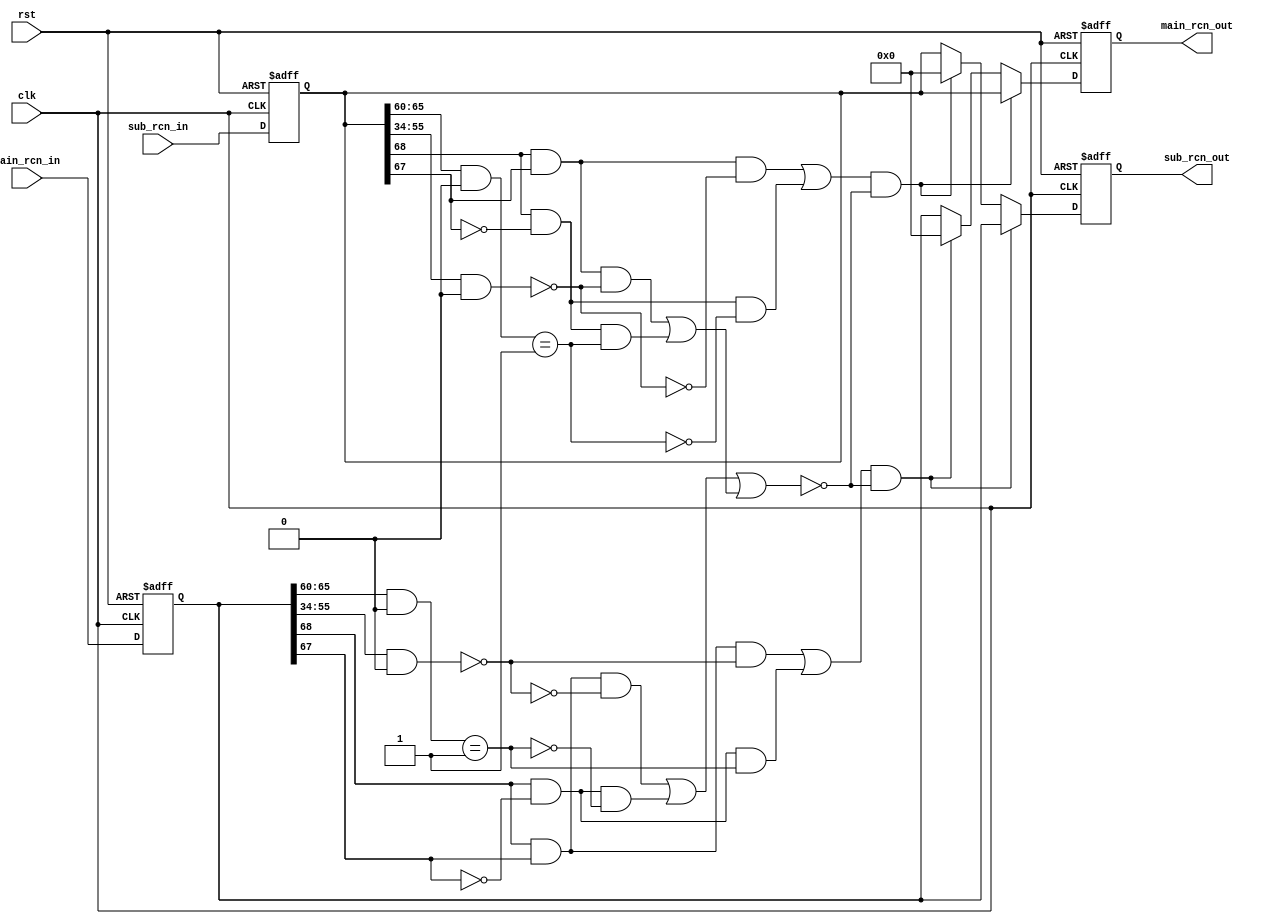
/* SPDX-License-Identifier: MIT */
/* (c) Copyright 2018 David M. Koltak, all rights reserved. */

/*
 * rcn bus bridge.
 *
 */

module rcn_bridge
(
    input rst,
    input clk,

    input [68:0] main_rcn_in,
    output [68:0] main_rcn_out,

    input [68:0] sub_rcn_in,
    output [68:0] sub_rcn_out
);
    parameter ID_MASK = 0;
    parameter ID_BASE = 1;
    parameter ADDR_MASK = 0;
    parameter ADDR_BASE = 1;

    reg [68:0] main_rin;
    reg [68:0] main_rout;
    reg [68:0] sub_rin;
    reg [68:0] sub_rout;

    assign main_rcn_out = main_rout;
    assign sub_rcn_out = sub_rout;

    wire [5:0] my_id_mask = ID_MASK;
    wire [5:0] my_id_base = ID_BASE;
    wire [23:0] my_addr_mask = ADDR_MASK;
    wire [23:0] my_addr_base = ADDR_BASE;

    wire main_req = main_rin[68] && main_rin[67];
    wire main_rsp = main_rin[68] && !main_rin[67];
    wire main_id_match = ((main_rin[65:60] & my_id_mask) == my_id_base);
    wire main_addr_match = ((main_rin[55:34] & my_addr_mask[23:2]) == my_addr_base[23:2]);

    wire sub_req = sub_rin[68] && sub_rin[67];
    wire sub_rsp = sub_rin[68] && !sub_rin[67];
    wire sub_id_match = ((sub_rin[65:60] & my_id_mask) == my_id_base);
    wire sub_addr_match = ((sub_rin[55:34] & my_addr_mask[23:2]) == my_addr_base[23:2]);

    wire main_2_main = (main_req && !main_addr_match) || (main_rsp && !main_id_match);
    wire sub_2_sub = (sub_req && sub_addr_match) || (sub_rsp && sub_id_match);
    wire no_cross = main_2_main || sub_2_sub;

    wire main_2_sub = (main_req && main_addr_match) || (main_rsp && main_id_match);
    wire sub_2_main = (sub_req && !sub_addr_match) || (sub_rsp && !sub_id_match);

    always @ (posedge clk or posedge rst)
        if (rst)
        begin
            main_rin <= 69'd0;
            main_rout <= 69'd0;
            sub_rin <= 69'd0;
            sub_rout <= 69'd0;
        end
        else
        begin
            main_rin <= main_rcn_in;
            main_rout <= (sub_2_main && !no_cross) ? sub_rin :
                         (main_2_sub && !no_cross) ? 69'd0 : main_rin;

            sub_rin <= sub_rcn_in;
            sub_rout <= (main_2_sub && !no_cross) ? main_rin :
                        (sub_2_main && !no_cross) ? 69'd0 : sub_rin;
        end

endmodule